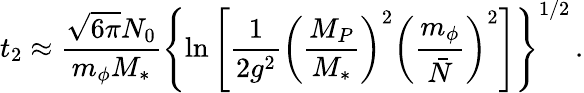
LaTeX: t_{\mathrm{2}}\approx\frac{\sqrt{6\pi}N_{0}}{m_{\phi}M_{\ast}}\left\{ \ln\left[\frac{1}{2g^{2}}\left(\frac{M_{P}}{M_{\ast}}\right)^{2}\left(\frac{m_{\phi}}{\bar{N}}\right)^{2}\right]\right\} ^{1/2}\, .